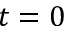
t = 0